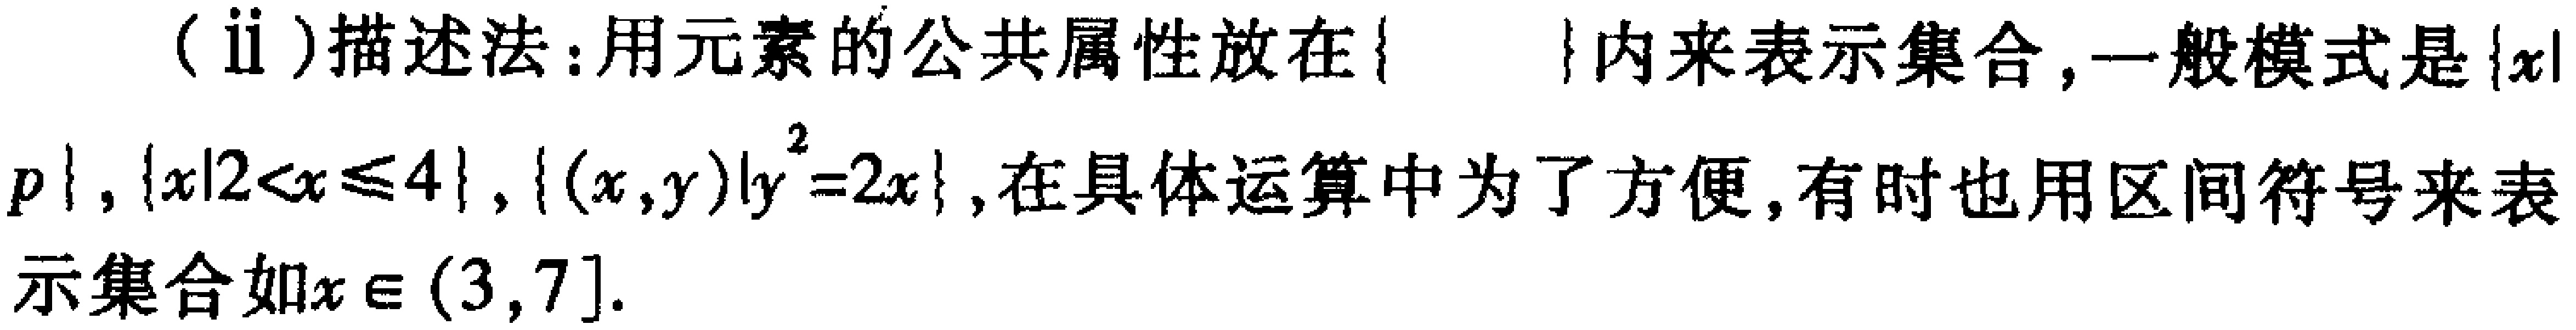
(ii)描述法:用元素的公共属性放在\(\{\quad\}\)内来表示集合,一般模式是\(\{x\mid p\}\),\(\{x\mid 2 < x\leqslant 4\}\),\(\{(x,y)\mid y^{2}=2x\}\),在具体运算中为了方便,有时也用区间符号来表示集合如\(x\in(3,7]\).